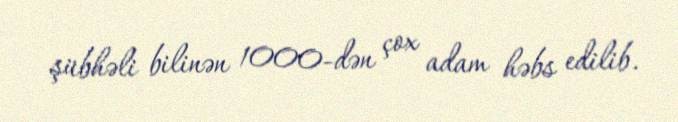
şübhəli bilinən 1000-dən çox adam həbs edilib.